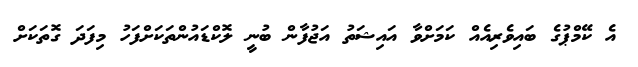
އެ ކޭމްޕުގެ ބައިވެރިއެއް ކަމަށްވާ އައިޝަތު އަޖުފާން ބުނީ ލޮކްޑައުންތަކަށްފަހު މިފަދަ ގޮތަކަށް